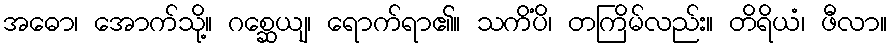
အဓော၊ အောက်သို့။ ဂစ္ဆေယျ၊ ရောက်ရာ၏။ သကိံပိ၊ တကြိမ်လည်း။ တိရိယံ၊ ဖီလာ။